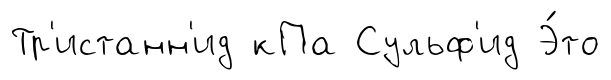
Тр'истанн'ид кПа Сульф'ид Э́то